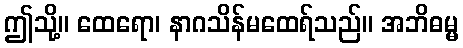
ဤသို့။ ထေရော၊ နာဂသိန်မထေရ်သည်။ အဘိဓမ္မ